Scottish Leaving Certificate Examination, 1953
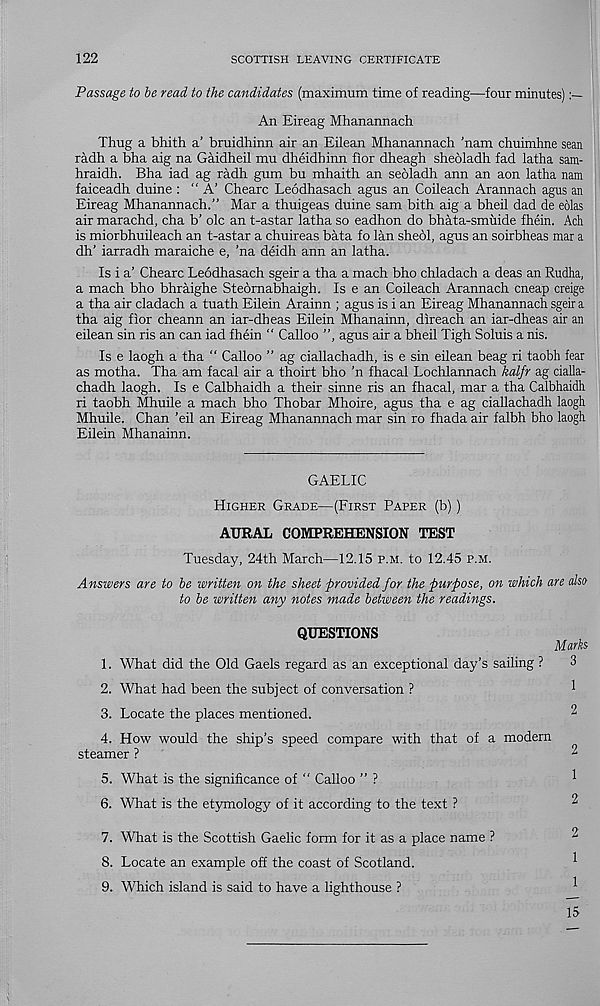
122
SCOTTISH LEAVING CERTIFICATE
Passage to be read to the candidates (maximum time of reading—four minutes)
An Eireag Mhanannach
Thug a bhith a’ bruidhinn air an Eilean Mhanannach ’nam chuimhne sean
radh a bha aig na Gaidheil mu dheidhinn fior dheagh shebladh fad latha sam-
hraidh. Bha iad ag radh gum bu mhaith an sebladh ann an aon latha nam
faiceadh duine : “A’ Chearc Leodhasach agus an Coileach Arannach agus an
Eireag Mhanannach.” Mar a thuigeas duine sam bith aig a bheil dad de eolas
air marachd, cha b’ ole an t-astar latha so eadhon do bhata-smilide fhein. Ach
is miorbhuileach an t-astar a chuireas bata fo lan shebl, agus an soirbheas mar a
dh’ iarradh maraiche e, 'na deidh ann an latha.
Is i a’ Chearc Leodhasach sgeir a tha a mach bho chladach a deas an Rudha,
a mach bho bhraighe Stebrnabhaigh. Is e an Coileach Arannach cneap creige
a tha air cladach a tuath Eilein Arainn ; agus is i an Eireag Mhanannach sgeir a
tha aig fior cheann an iar-dheas Eilein Mhanainn, direach an iar-dheas air an
eilean sin ris an can iad fhein “ Calloo ”, agus air a bheil Tigh Soluis a nis.
Is e laogh a tha “ Calloo ” ag ciallachadh, is e sin eilean beag ri taobh fear
as motha. Tha am facal air a thoirt bho 'n fhacal Lochlannach kalfr ag cialla-
chadh laogh. Is e Calbhaidh a their sinne ris an fhacal, mar a tha Calbhaidh
ri taobh Mhuile a mach bho Thobar Mhoire, agus tha e ag ciallachadh laogh
Mhuile. Chan 'eil an Eireag Mhanannach mar sin ro fhada air falbh bho laogh
Eilein Mhanainn.
GAELIC
Higher Grade—(First Paper (b))
AURAL COMPREHENSION TEST
Tuesday, 24th March—12.15 p.m. to 12.45 p.m.
Answers are to be written on the sheet provided for the purpose, on which are alst>
to be written any notes made between the readings.
QUESTIONS
Marks
1. What did the Old Gaels regard as an exceptional day’s sailing ?
3
2. What had been the subject of conversation ?
1
3. Locate the places mentioned.
2
4. How would the ship’s speed compare with that of a modern
steamer ?
2
5. What is the significance of “ Calloo ” ?
1
6. What is the etymology of it according to the text ?
2
7. What is the Scottish Gaelic form for it as a place name ?
8. Locate an example off the coast of Scotland.
1
9. Which island is said to have a lighthouse ?
^
15